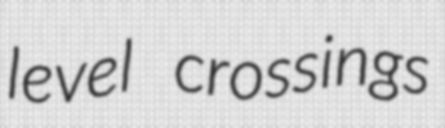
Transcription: level crossings